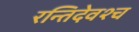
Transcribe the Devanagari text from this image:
रन्तिदेवश्च